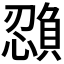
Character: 𫻉